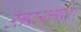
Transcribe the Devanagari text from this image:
उत्तरअक्षांश